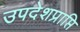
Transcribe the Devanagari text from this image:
उपदेशप्राप्ति